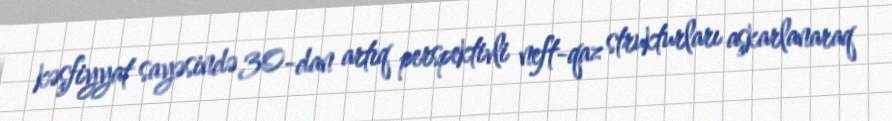
kəşfiyyat sayəsində 30-dan artıq perspektivli neft-qaz strukturları aşkarlanaraq